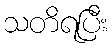
သတိရပြီး